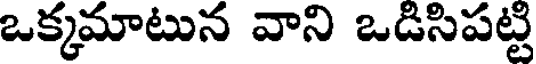
ఒక్కమాటున వాని ఒడిసిపట్టి